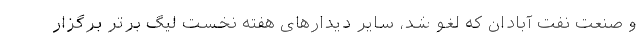
و صنعت نفت آبادان که لغو شد، سایر دیدارهای هفته نخست لیگ برتر برگزار